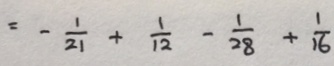
= - \frac { 1 } { 2 1 } + \frac { 1 } { 1 2 } - \frac { 1 } { 2 8 } + \frac { 1 } { 1 6 }